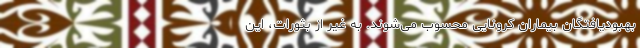
بهبودیافتگان بیماران کرونایی محسوب می‌شوند. به غیر از بثورات، این